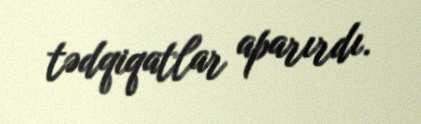
tədqiqatlar aparırdı.